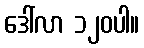
ဒေါ်လာ ၁၂၀ပါ။